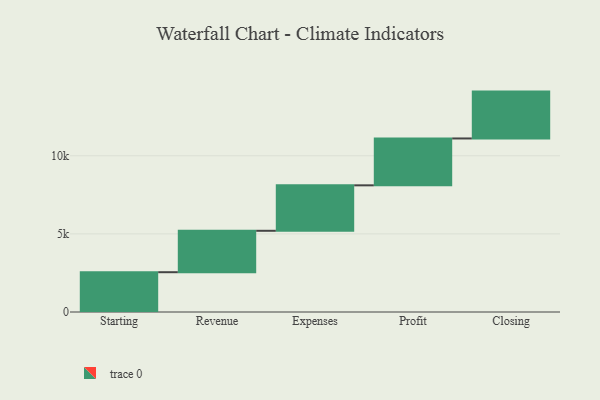
{"axis": {"x": "Step", "y": "Value"}, "legend": [""], "data": [{"x": "Starting", "y": 2548.0, "type": ""}, {"x": "Revenue", "y": 2651.0, "type": ""}, {"x": "Expenses", "y": 2910.0, "type": ""}, {"x": "Profit", "y": 3000, "type": ""}, {"x": "Closing", "y": 3000, "type": ""}]}